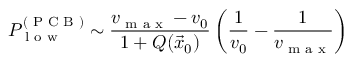
P _ { \textrm { l o w } } ^ { ( \textrm { P C B } ) } \sim \frac { v _ { \textrm { m a x } } - v _ { 0 } } { 1 + Q ( \vec { x } _ { 0 } ) } \left( \frac { 1 } { v _ { 0 } } - \frac { 1 } { v _ { \textrm { m a x } } } \right)